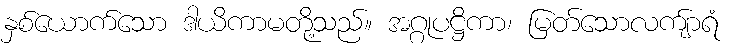
နှစ်ယောက်သော ဒါယိကာမတို့သည်။ အဂ္ဂုပဋ္ဌိကာ၊ မြတ်သောလကျ်ာရံ